Civil Veterinary Dept. Bombay admin report 1923-31 - 1923-1931
Year: 1923
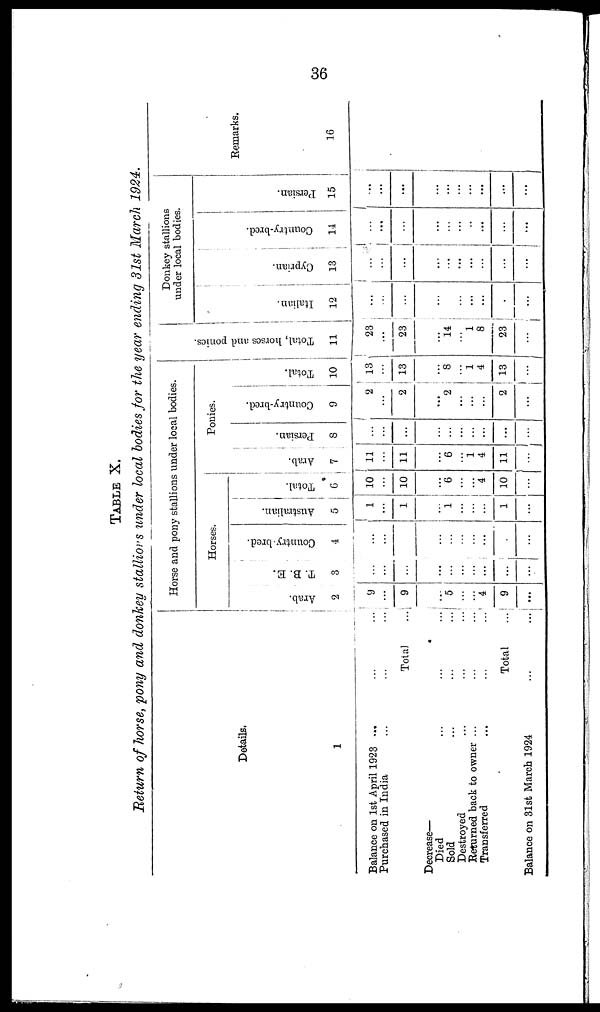
36
TABLE X.
Return of horse, pony and donkey stallions under local bodies for the year ending 31st March 1924.
Details.
1
Balance on 1st April 1923 .........
Purchased in India .........
Total...
Decrease—
Died .........
Sold .........
Destroyed ........
Returned back to owner .........
Transferred .........
Total...
Balance on 31st March
1924......
Horse and pony stallions under local bodies.
Horses.
Arab.
2
9
...
9
...
5
...
...
4
9
...
T. B. E.
3
...
...
...
...
...
...
...
...
...
...
Country-bred.
4
...
...
...
...
...
...
...
...
...
...
Australian.
5
1
...
1
...
1
...
...
...
1
...
Total.
6
10
...
10
...
6
...
...
4
10
...
Ponies.
Arab.
7
11
...
11
...
6
...
1
4
11
...
Persian.
8
...
...
...
...
...
...
...
...
...
...
Country-bred.
9
2
...
2
...
2
...
...
...
2
...
Total.
10
13
...
13
...
8
...
1
4
13
...
Tot al , hor s es and ponies.
11
23
...
23
...
14
...
1
8
23
...
Donkey stallions
under local bodies.
I t al i an.
12
...
...
...
...
...
...
...
...
.
...
Cypr i
an.
13
...
...
...
...
...
...
...
...
...
...
Country-bred.
14
...
...
...
...
...
...
...
...
...
...
Per s i
an.
15
...
...
...
...
...
...
...
...
...
...
Remarks.
16